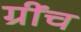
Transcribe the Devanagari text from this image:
ग्रींच